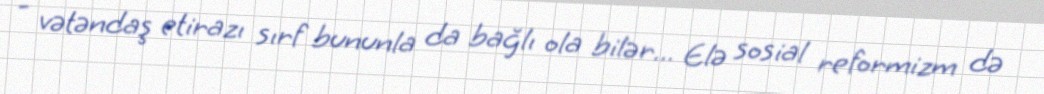
- vətəndaş etirazı sırf bununla da bağlı ola bilər... Elə sosial reformizm də